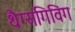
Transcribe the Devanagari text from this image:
थैग्सगिविंग